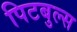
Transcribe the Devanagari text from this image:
पिटबुल्स